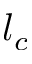
l _ { c }